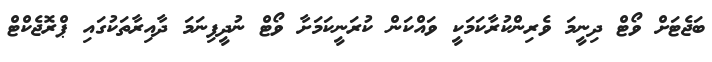
ބަޖެޓަށް ވޯޓް ދިނީމަ ވެރިންކުރާކަމަކީ ވައްކަން ކުރަނީކަމަށާ ވޯޓް ނުދީފިނަމަ ދާއިރާތަކުގައި ޕްރޮޖެކްޓް